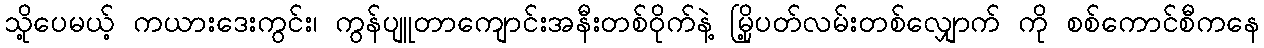
သို့ပေမယ့် ကယားဒေးကွင်း၊ ကွန်ပျူတာကျောင်းအနီးတစ်ဝိုက်နဲ့ မြို့ပတ်လမ်းတစ်လျှောက် ကို စစ်ကောင်စီကနေ